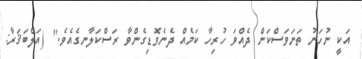
އަކީ ނުހަނު ތަނަވަސްކަން ދެއްވަ ހުރިހާ ކަމެއް ދެނެވޮޑިގެންވާ ރަސްކަލާނގެއެވެ.'' (އަލްބަޤަރާ: